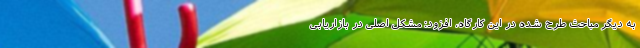
به دیگر مباحث طرح شده در این کارگاه، افزود: مشکل اصلی در بازاریابی